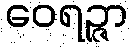
ဝေရဉ္ဇာ